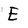
Character: E